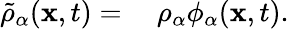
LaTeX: \begin{array}{rl}{\tilde{\rho}_{\alpha}(\mathbf{x},t)=}&{{}~\rho_{\alpha}\phi_{\alpha}(\mathbf{x},t).}\end{array}